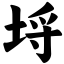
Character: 埒